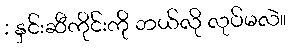
: နှင်းဆီကိုင်းကို ဘယ်လို လုပ်မလဲ။